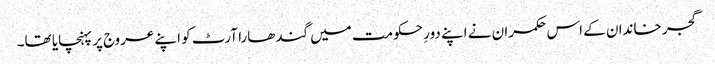
گجر خاندان کے اس حکمران نے اپنے دورِ حکومت میں گندھارا آرٹ کو اپنے عروج پر پہنچایا تھا۔